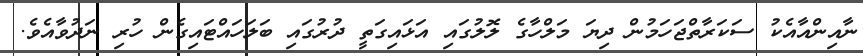
ނާއިންއާއެކު ސަކަރާތްޖަހަމުން ދިޔަ މަލްހާގެ ލޮލުގައި އަޅައިގަތީ ދުރުގައި ބަލަހައްޓައިގެން ހުރި ނަދުވާއެވެ.